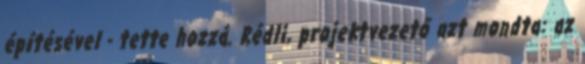
építésével - tette hozzá. Rédli, projektvezető azt mondta: az